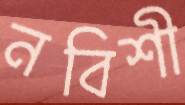
নবিশী